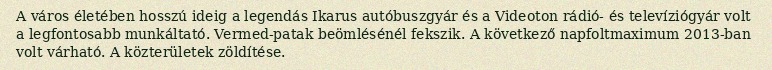
A város életében hosszú ideig a legendás Ikarus autóbuszgyár és a Videoton rádió- és televíziógyár volt a legfontosabb munkáltató. Vermed-patak beömlésénél fekszik. A következő napfoltmaximum 2013-ban volt várható. A közterületek zöldítése.